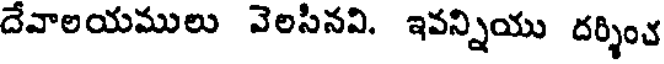
దేవాలయములు వెలసినవి. ఇవన్నియు దర్శించ